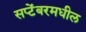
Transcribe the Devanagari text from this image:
सप्टेंबरमधील